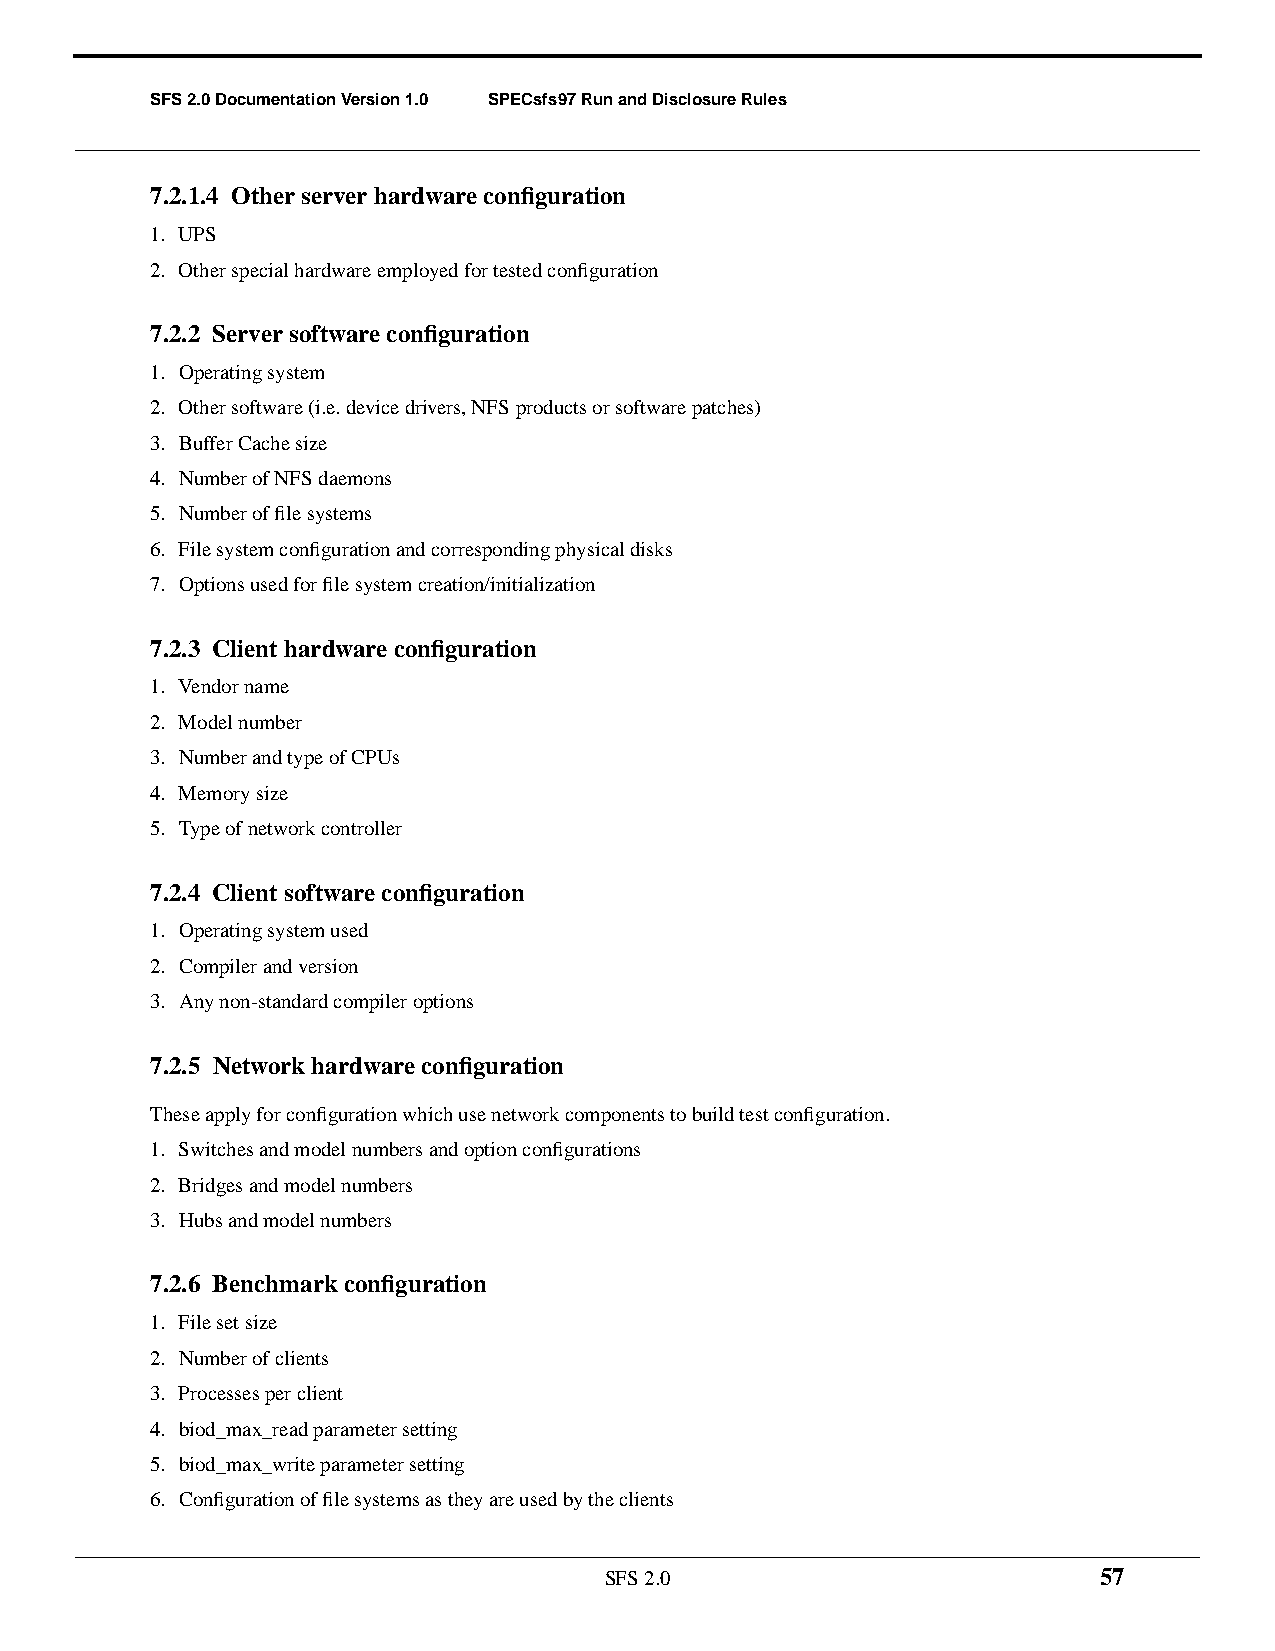
SFS 2.0 Documentation Version 1.0 SPECsfs97 Run and Disclosure Rules
 7.2.1.4 Other server hardware configuration
 1. UPS
 2. Other special hardware employed for tested configuration
 7.2.2 Server software configuration
 1. Operating system
 2. Other software (i.e. device drivers, NFS products or software patches)
 3. Buffer Cache size
 4. Number of NFS daemons
 5. Number of file systems
 6. File system configuration and corresponding physical disks
 7. Options used for file system creation/initialization
 7.2.3 Client hardware configuration
 1. Vendor name
 2. Model number
 3. Number and type of CPUs
 4. Memory size
 5. Type of network controller
 7.2.4 Client software configuration
 1. Operating system used
 2. Compiler and version
 3. Any non-standard compiler options
 7.2.5 Network hardware configuration
 These apply for configuration which use network components to build test configuration.
 1. Switches and model numbers and option configurations
 2. Bridges and model numbers
 3. Hubs and model numbers
 7.2.6 Benchmark configuration
 1. File set size
 2. Number of clients
 3. Processes per client
 4. biod_max_read parameter setting
 5. biod_max_write parameter setting
 6. Configuration of file systems as they are used by the clients
 SFS 2.0                          57